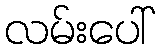
လမ်းပေါ်